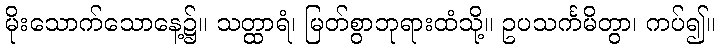
မိုးသောက်သောနေ့၌။ သတ္ထာရံ၊ မြတ်စွာဘုရားထံသို့။ ဥပသင်္ကမိတွာ၊ ကပ်၍။